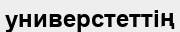
универстеттің